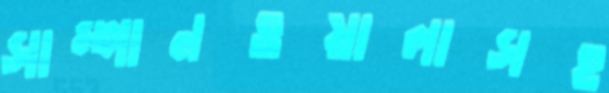
সাম্পানওয়ালাসহ